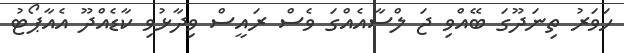
ހަވަރު ތިނަދޫގަ ބޭއްވި ޖަ ލްސާއެއްގަ ވެސް ރައީސް ވިދާޅުވި ކާޑެއްދޫ އެއާޕޯޓު